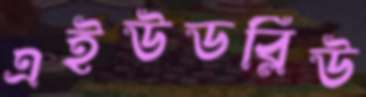
এইউডব্লিউ